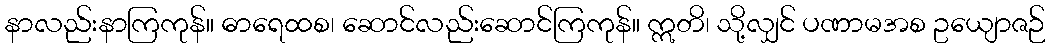
နာလည်းနာကြကုန်။ ဓာရေထစ၊ ဆောင်လည်းဆောင်ကြကုန်။ ဣတိ၊ သို့လျှင် ပဏာမအစ ဥယျောဇဉ်